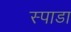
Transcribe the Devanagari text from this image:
स्पाडा